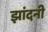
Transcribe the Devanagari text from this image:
झांदनी